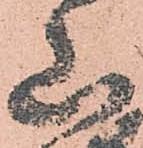
山